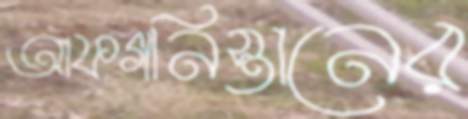
আফগনিস্তানের